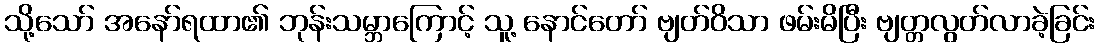
သို့သော် အနော်ရထာ၏ ဘုန်းသမ္ဘာကြောင့် သူ့ နောင်တော် ဗျတ်ဝိသာ ဖမ်းမိပြီး ဗျတ္တလွတ်လာခဲ့ခြင်း